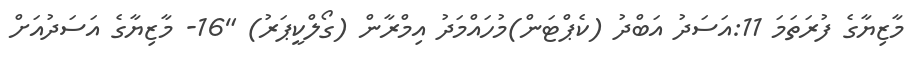
މާޒިޔާގެ ފުރަތަމަ 11:އަސަދު އަބްދު (ކެޕްޓަން)މުހައްމަދު އިމްރާން (ގޯލްކީޕަރު) "16- މާޒިޔާގެ އަސަދުއަށް